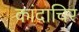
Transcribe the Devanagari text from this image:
कांदाचिर